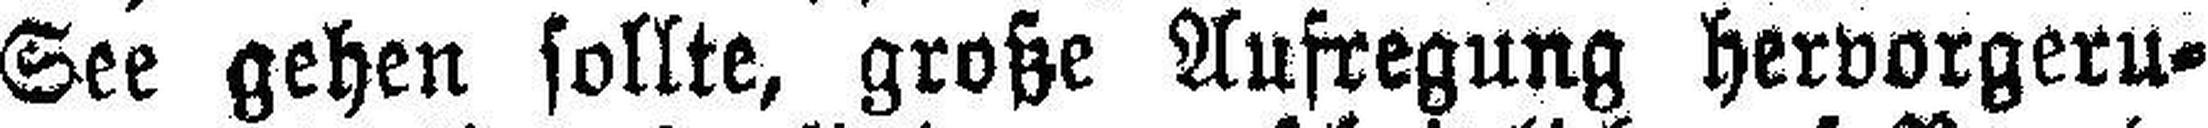
See gehen sollte, große Aufregung hervorgeru¬